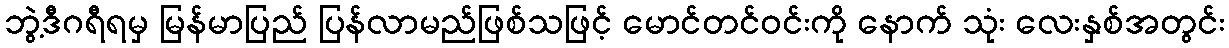
ဘွဲ့ဒီဂရီရမှ မြန်မာပြည် ပြန်လာမည်ဖြစ်သဖြင့် မောင်တင်ဝင်းကို နောက် သုံး လေးနှစ်အတွင်း